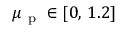
\mu _ { \mathrm { ~ p ~ } } \in [ 0 , \, 1 . 2 ]